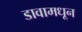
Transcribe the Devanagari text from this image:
डावामधून